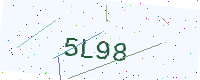
Text: 5L98